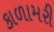
કાળામરી